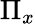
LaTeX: \Pi_{x}